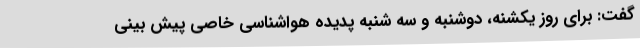
گفت: برای روز یکشنه، دوشنبه و سه شنبه پدیده هواشناسی خاصی پیش بینی